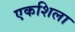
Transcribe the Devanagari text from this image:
एकशिला